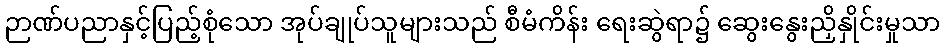
ဉာဏ်ပညာနှင့်ပြည့်စုံသော အုပ်ချုပ်သူများသည် စီမံကိန်း ရေးဆွဲရာ၌ ဆွေးနွေးညှိနှိုင်းမှုသာ